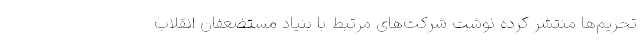
تحریم‌ها منتشر کرده نوشت شرکت‌های مرتبط با بنیاد مستضعفان انقلاب